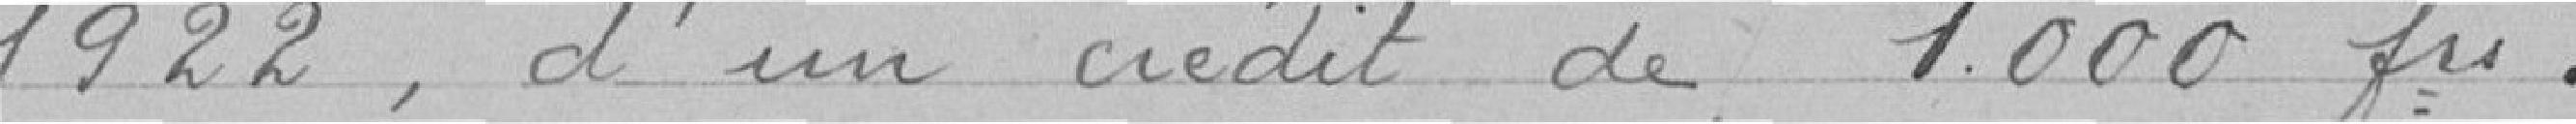
1922 , d'un crédit de 1000 francs.